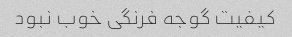
کیفیت گوجه فرنگی خوب نبود